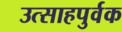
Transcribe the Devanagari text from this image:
उत्साहपुर्वक